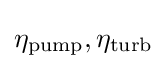
\eta _{\text{pump}},\eta _{\text{turb}}